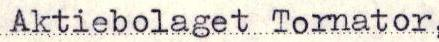
Aktiebolaget Tornator